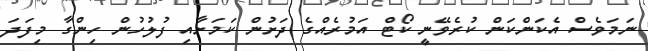
ނަމަވެސް އެކަންކަން ކުރެވޭނީ ކޯޓް އަމުރެއްގެ ދަށުން ކަމަށާއި ފުލުހުން ހިންގާ މިފަދަ